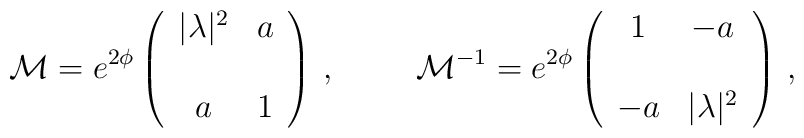
{\cal M} = e^{2\phi}\left(\begin{array}{cc}|\lambda |^{2} & a \\& \\a              & 1 \\\end{array}\right)\, ,\hspace{1cm}{\cal M}^{-1} = e^{2\phi}\left(\begin{array}{cc}1  & -a             \\& \\-a & |\lambda |^{2} \\\end{array}\right)\, ,